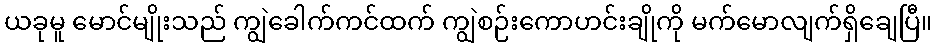
ယခုမူ မောင်မျိုးသည် ကျွဲခေါက်ကင်ထက် ကျွဲစဉ်းကောဟင်းချိုကို မက်မောလျက်ရှိချေပြီ။